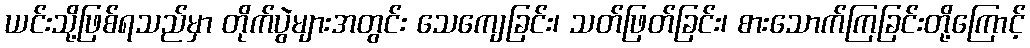
ယင်းသို့ဖြစ်ရသည်မှာ တိုက်ပွဲများအတွင်း သေကျေခြင်း၊ သတ်ဖြတ်ခြင်း၊ စားသောက်ကြခြင်းတို့ကြောင့်